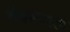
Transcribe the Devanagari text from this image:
वेक्स्फारड